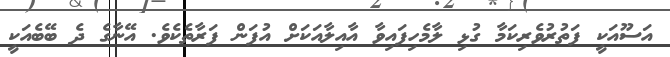
އަސޫއަކީ ފަތުރުވެރިކަމާ ގުޅި ލާމެހިފައިވާ އާއިލާއަކަށް އުފަން ފަރާތެކެވެ. އޭނާގެ ދެ ބޭބެއަކީ